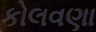
કોલવણા